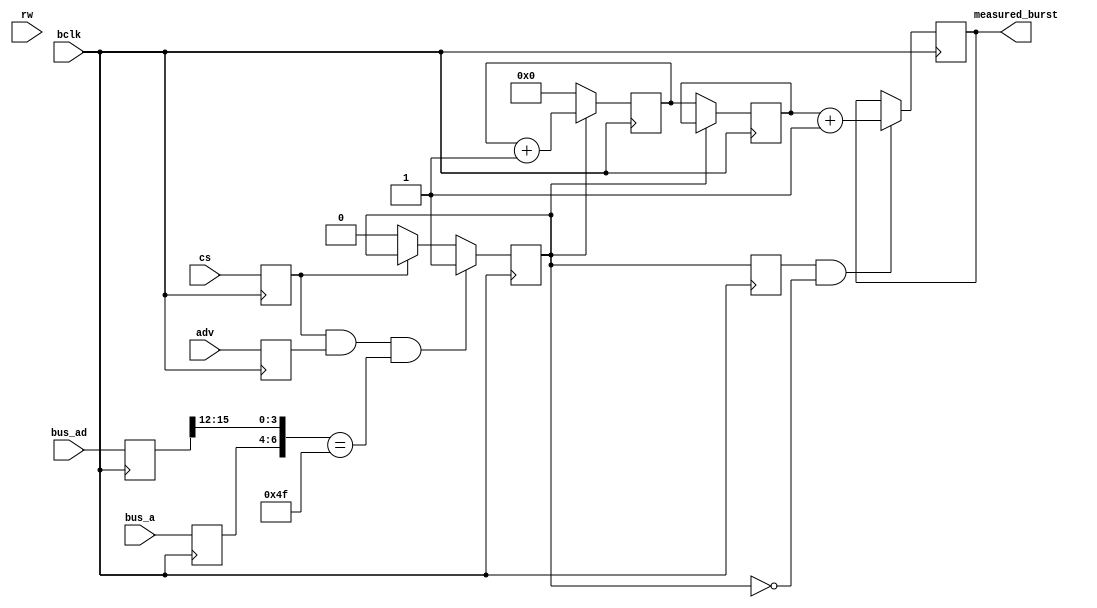
module eim_burstcnt(
		    input wire bclk,
		    input wire [15:0] bus_ad, 
		    input wire [2:0] bus_a, 
		    input wire adv, 
		    input wire rw,  
		    input wire cs,  
		    output reg [15:0] measured_burst
		    );
   reg 				 activated;
   reg [15:0] 			 bus_ad_r;
   reg 				 cs_r;
   reg [2:0] 			 bus_a_r;
   reg 				 rw_r;
   reg 				 adv_r;
   reg [15:0] 			 burstcnt;
   reg [15:0] 			 finalcnt;
   reg 				 activated_d;
   always @(posedge bclk) begin
      bus_ad_r <= bus_ad;
      bus_a_r <= bus_a;
      cs_r <= cs;
      rw_r <= rw;
      adv_r <= adv;
      if( cs_r && adv_r && ({bus_a_r, bus_ad_r[15:12]} == 7'h4_F) ) begin 
	 activated <= 1'b1;
      end else if( !cs_r ) begin
	 activated <= 1'b0;
      end else begin
	 activated <= activated;
      end 
      if( !activated ) begin
	 finalcnt <= burstcnt;
	 burstcnt <= 16'h0;
      end else begin
	 burstcnt <= burstcnt + 16'h1;
	 finalcnt <= finalcnt;
      end
      activated_d <= activated;
      if( activated_d & !activated ) begin 
	 measured_burst <= finalcnt + 1'b1; 
      end else begin
	 measured_burst <= measured_burst;
      end
   end 
endmodule